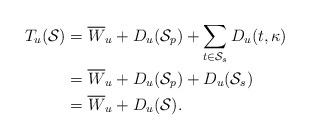
LaTeX: \begin{align*}T_u(\mathcal{S}) &= \overline{W}_u + D_u(\mathcal{S}_p) + \sum_{t \in \mathcal{S}_s} D_u(t,\kappa) \\&= \overline{W}_u + D_u(\mathcal{S}_p) + D_u(\mathcal{S}_s) \\&= \overline{W}_u + D_u(\mathcal{S}).\end{align*}